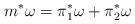
LaTeX: \begin{align*}m^\ast\omega = \pi_1^\ast\omega+\pi_2^\ast\omega\end{align*}